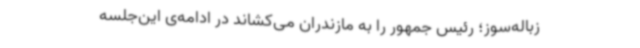
زباله‌سوز؛ رئیس جمهور را به مازندران می‌کشاند در ادامه‌ی این‌جلسه